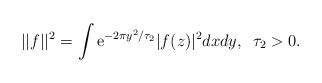
LaTeX: \begin{align*}||f||^2=\int {\mathrm e}^{-2\pi y^2/\tau_2}|f(z)|^2dxdy,\,\,\,\tau_2>0.\end{align*}